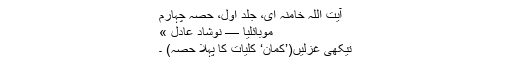
آیت اللہ خامنہ ای، جلد اول، حصہ چہارم
موبائلیا — نوشاد عادل »
تیکھی غزلیں(’کمان‘ کلیات کا پہلا حصہ) ۔